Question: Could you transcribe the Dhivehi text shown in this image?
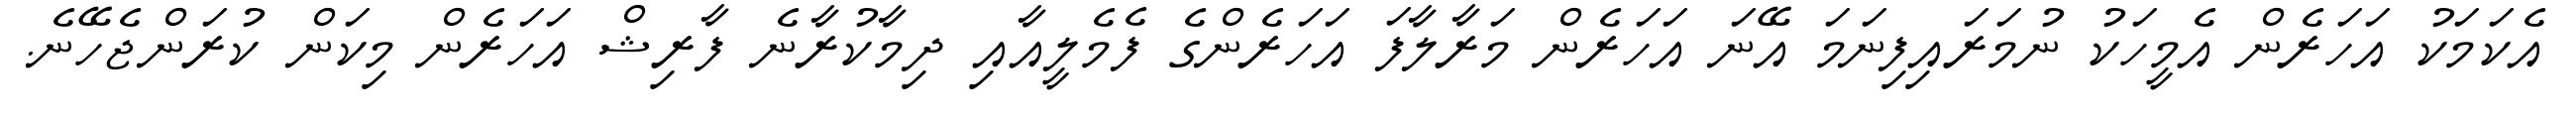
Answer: އެކަމަކު އަހަރެން އެމީހަކު ނުމަރައިފިނަމަ އޭނަ އަހަރެން މަރާލާފަ އަހަރެންގެ ފެމެލީއާއި ދިމާކުރާނެ ފާރިޝް އަހަރެން މިކަން ކުރަންޖެހޭނެ.